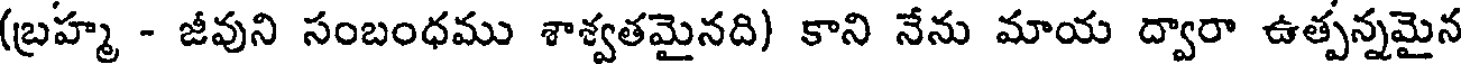
(బ్రహ్మ - జీవుని సంబంధము శాశ్వతమైనది) కాని నేను మాయ ద్వారా ఉత్పన్నమైన